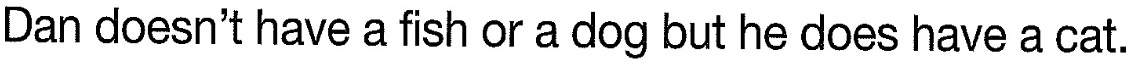
Dan doesn't have a fish or a dog but he does have a cat.